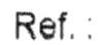
REF. :